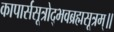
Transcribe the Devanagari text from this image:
कापार्ससूत्रोद्भवब्रह्मसूत्रम्॥